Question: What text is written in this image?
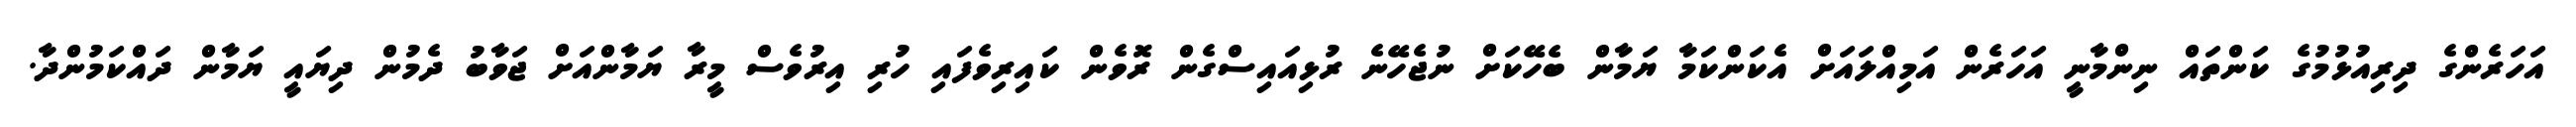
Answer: އަހަރެންގެ ދިރިއުޅުމުގެ ކަންތައް ނިންމާނީ އަހަރެން އަމިއްލައަށް އެކަންކަމާ ޔަމާން ބެހޭކަށް ނުޖެހޭނެ ރުޅިއައިސްގެން ރޮވެން ކައިރިވެފައި ހުރި އިރުވެސް މީރާ ޔަމާންއަށް ޖަވާބު ދެމުން ދިޔައީ ޔަމާން ދައްކަމުންދާ.